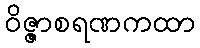
ဝိဇ္ဇာစရဏကထာ